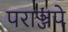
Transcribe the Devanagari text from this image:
पराञ्जपे